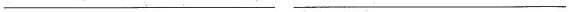
___ ___